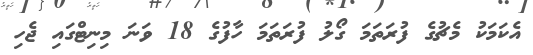
އެކަމަކު މެޗުގެ ފުރަތަމަ ގޯލު ފުރަތަމަ ހާފުގެ 18 ވަނަ މިނިޓްގައި ޖެހި